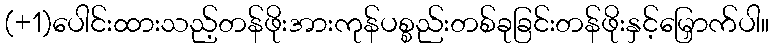
(+1)ပေါင်းထားသည့်တန်ဖိုးအားကုန်ပစ္စည်းတစ်ခုခြင်းတန်ဖိုးနှင့်မြှောက်ပါ။